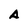
Character: A